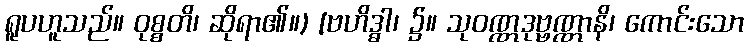
ရူပဟူသည်။ ဝုစ္စတိ၊ ဆိုရာ၏။) [ဗဟိဒ္ဓါ၊ ၌။ သုဝဏ္ဏဒုဗ္ဗဏ္ဏာနိ၊ ကောင်းသော